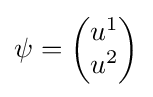
\psi ={\begin{pmatrix}u^{1}\\u^{2}\end{pmatrix}}